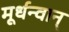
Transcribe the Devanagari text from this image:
मूर्धन्वान्